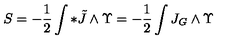
S = - \frac { 1 } { 2 } \int * \tilde { J } \wedge \Upsilon = - \frac { 1 } { 2 } \int J _ { G } \wedge \Upsilon